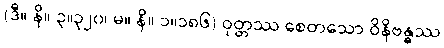
(ဒီ။ နိ။ ၃။၃၂၀၊ မ။ နိ။ ၁။၁၈၆) ဝုတ္တဿ စေတသော ဝိနိဗန္ဓဿ